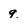
Character: 9